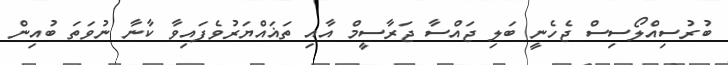
ބުރުސިއްލޯސިސް ޖެހެނީ ބަލި ޖައްސާ ޖަރާސީމް އާއި ތަޣައްޔަރުވެފައިވާ ކާނާ ނުވަތަ ބުއިން